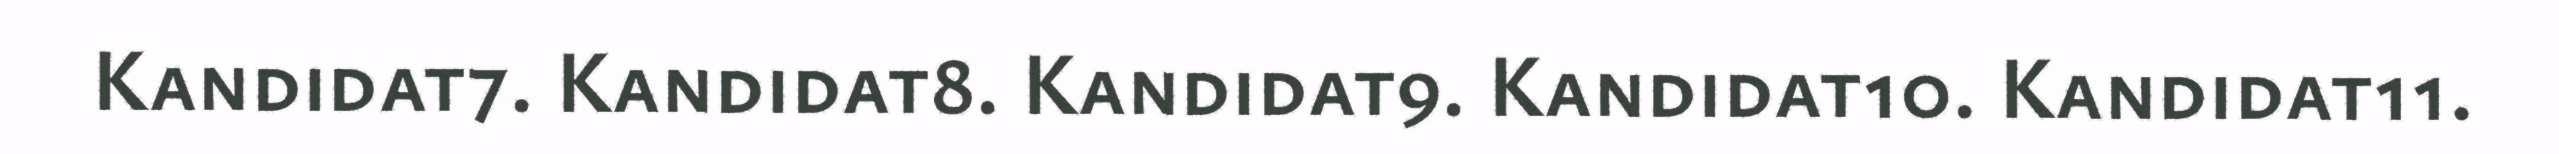
Kandidat7. Kandidat8. Kandidat9. Kandidat10. Kandidat11.